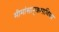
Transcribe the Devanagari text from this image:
मीमांसानुक्रमाणिका